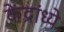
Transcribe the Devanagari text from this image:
केंद्रांध्ये